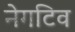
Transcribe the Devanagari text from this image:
नेगटिव